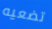
تضعيه